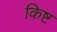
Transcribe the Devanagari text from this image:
किष्ट